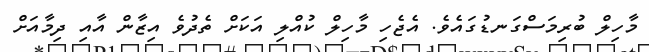
މާހިލް ބުރިމަސްގަނޑުގައެވެ. އެޖެހި މާހިލް ކުއްލި އަކަށް ތެދުވެ އިޒާން އާއި ދިމާއަށް